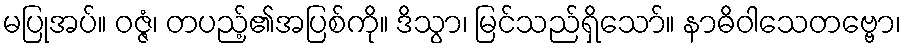
မပြုအပ်။ ဝဇ္ဇံ၊ တပည့်၏အပြစ်ကို။ ဒိသွာ၊ မြင်သည်ရှိသော်။ နာဓိဝါသေတဗ္ဗော၊